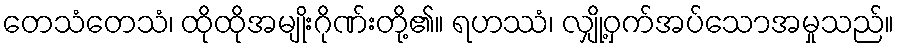
တေသံတေသံ၊ ထိုထိုအမျိုးဂိုဏ်းတို့၏။ ရဟဿံ၊ လျှို့ဝှက်အပ်သောအမှုသည်။